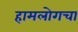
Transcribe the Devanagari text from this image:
हामलोगचा